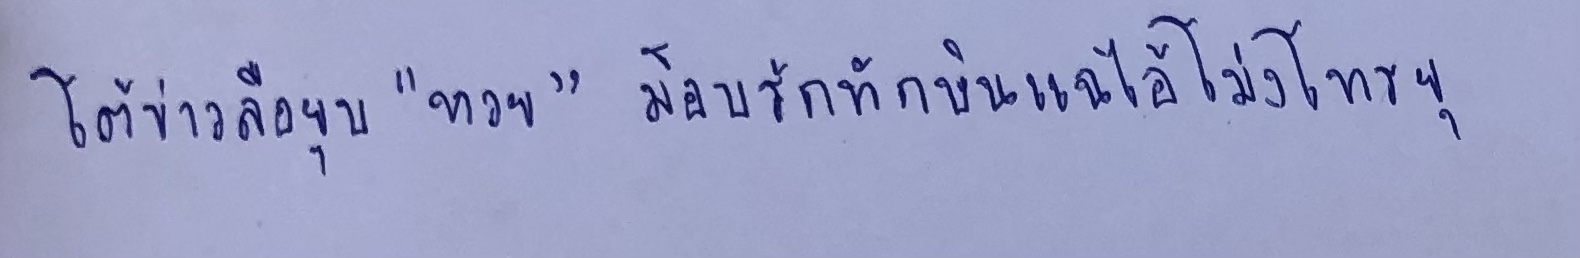
โต้ข่าวลือยุบ"หวย"ม็อบรักทักษิณแฉไอ้โม่งโทรยุ